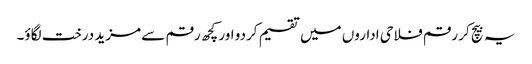
یہ بیچ کر رقم فلاحی اداروں میں تقسیم کردو اور کچھ رقم سے مزید درخت لگاؤ۔